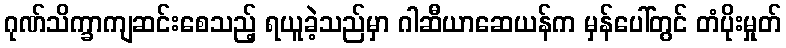
ဂုဏ်သိက္ခာကျဆင်းစေသည့် ရယူခဲ့သည်မှာ ဂါဆီယာဆေယန်က မှန်ပေါ်တွင် တံပိုးမှုတ်